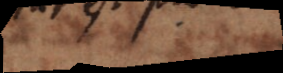
t